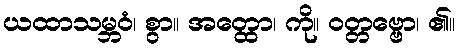
ယထာသမ္ဘဝံ၊ စွာ။ အတ္ထော၊ ကို။ ဝတ္တဗ္ဗော၊ ၏။